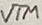
Text: VTM